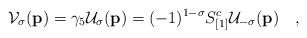
LaTeX: \begin{align*}{\cal V}_\sigma ({\bf p}) = \gamma_5 {\cal U}_\sigma ({\bf p}) =(-1)^{1-\sigma} S^c_{[1]} {\cal U}_{-\sigma} ({\bf p})\quad,\end{align*}